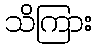
သိကြား